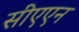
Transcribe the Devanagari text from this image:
सीएएन